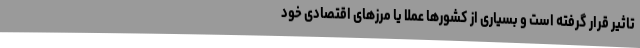
تاثیر قرار گرفته است و بسیاری از کشورها عملا یا مرزهای اقتصادی خود